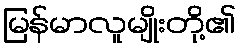
မြန်မာလူမျိုးတို့၏